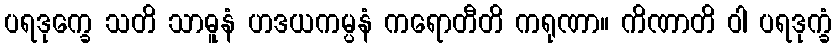
ပရဒုက္ခေ သတိ သာဓူနံ ဟဒယကမ္ပနံ ကရောတီတိ ကရုဏာ။ ကိဏာတိ ဝါ ပရဒုက္ခံ